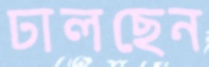
ঢালছেন